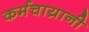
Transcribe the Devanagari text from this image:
कर्मचाय्रानी